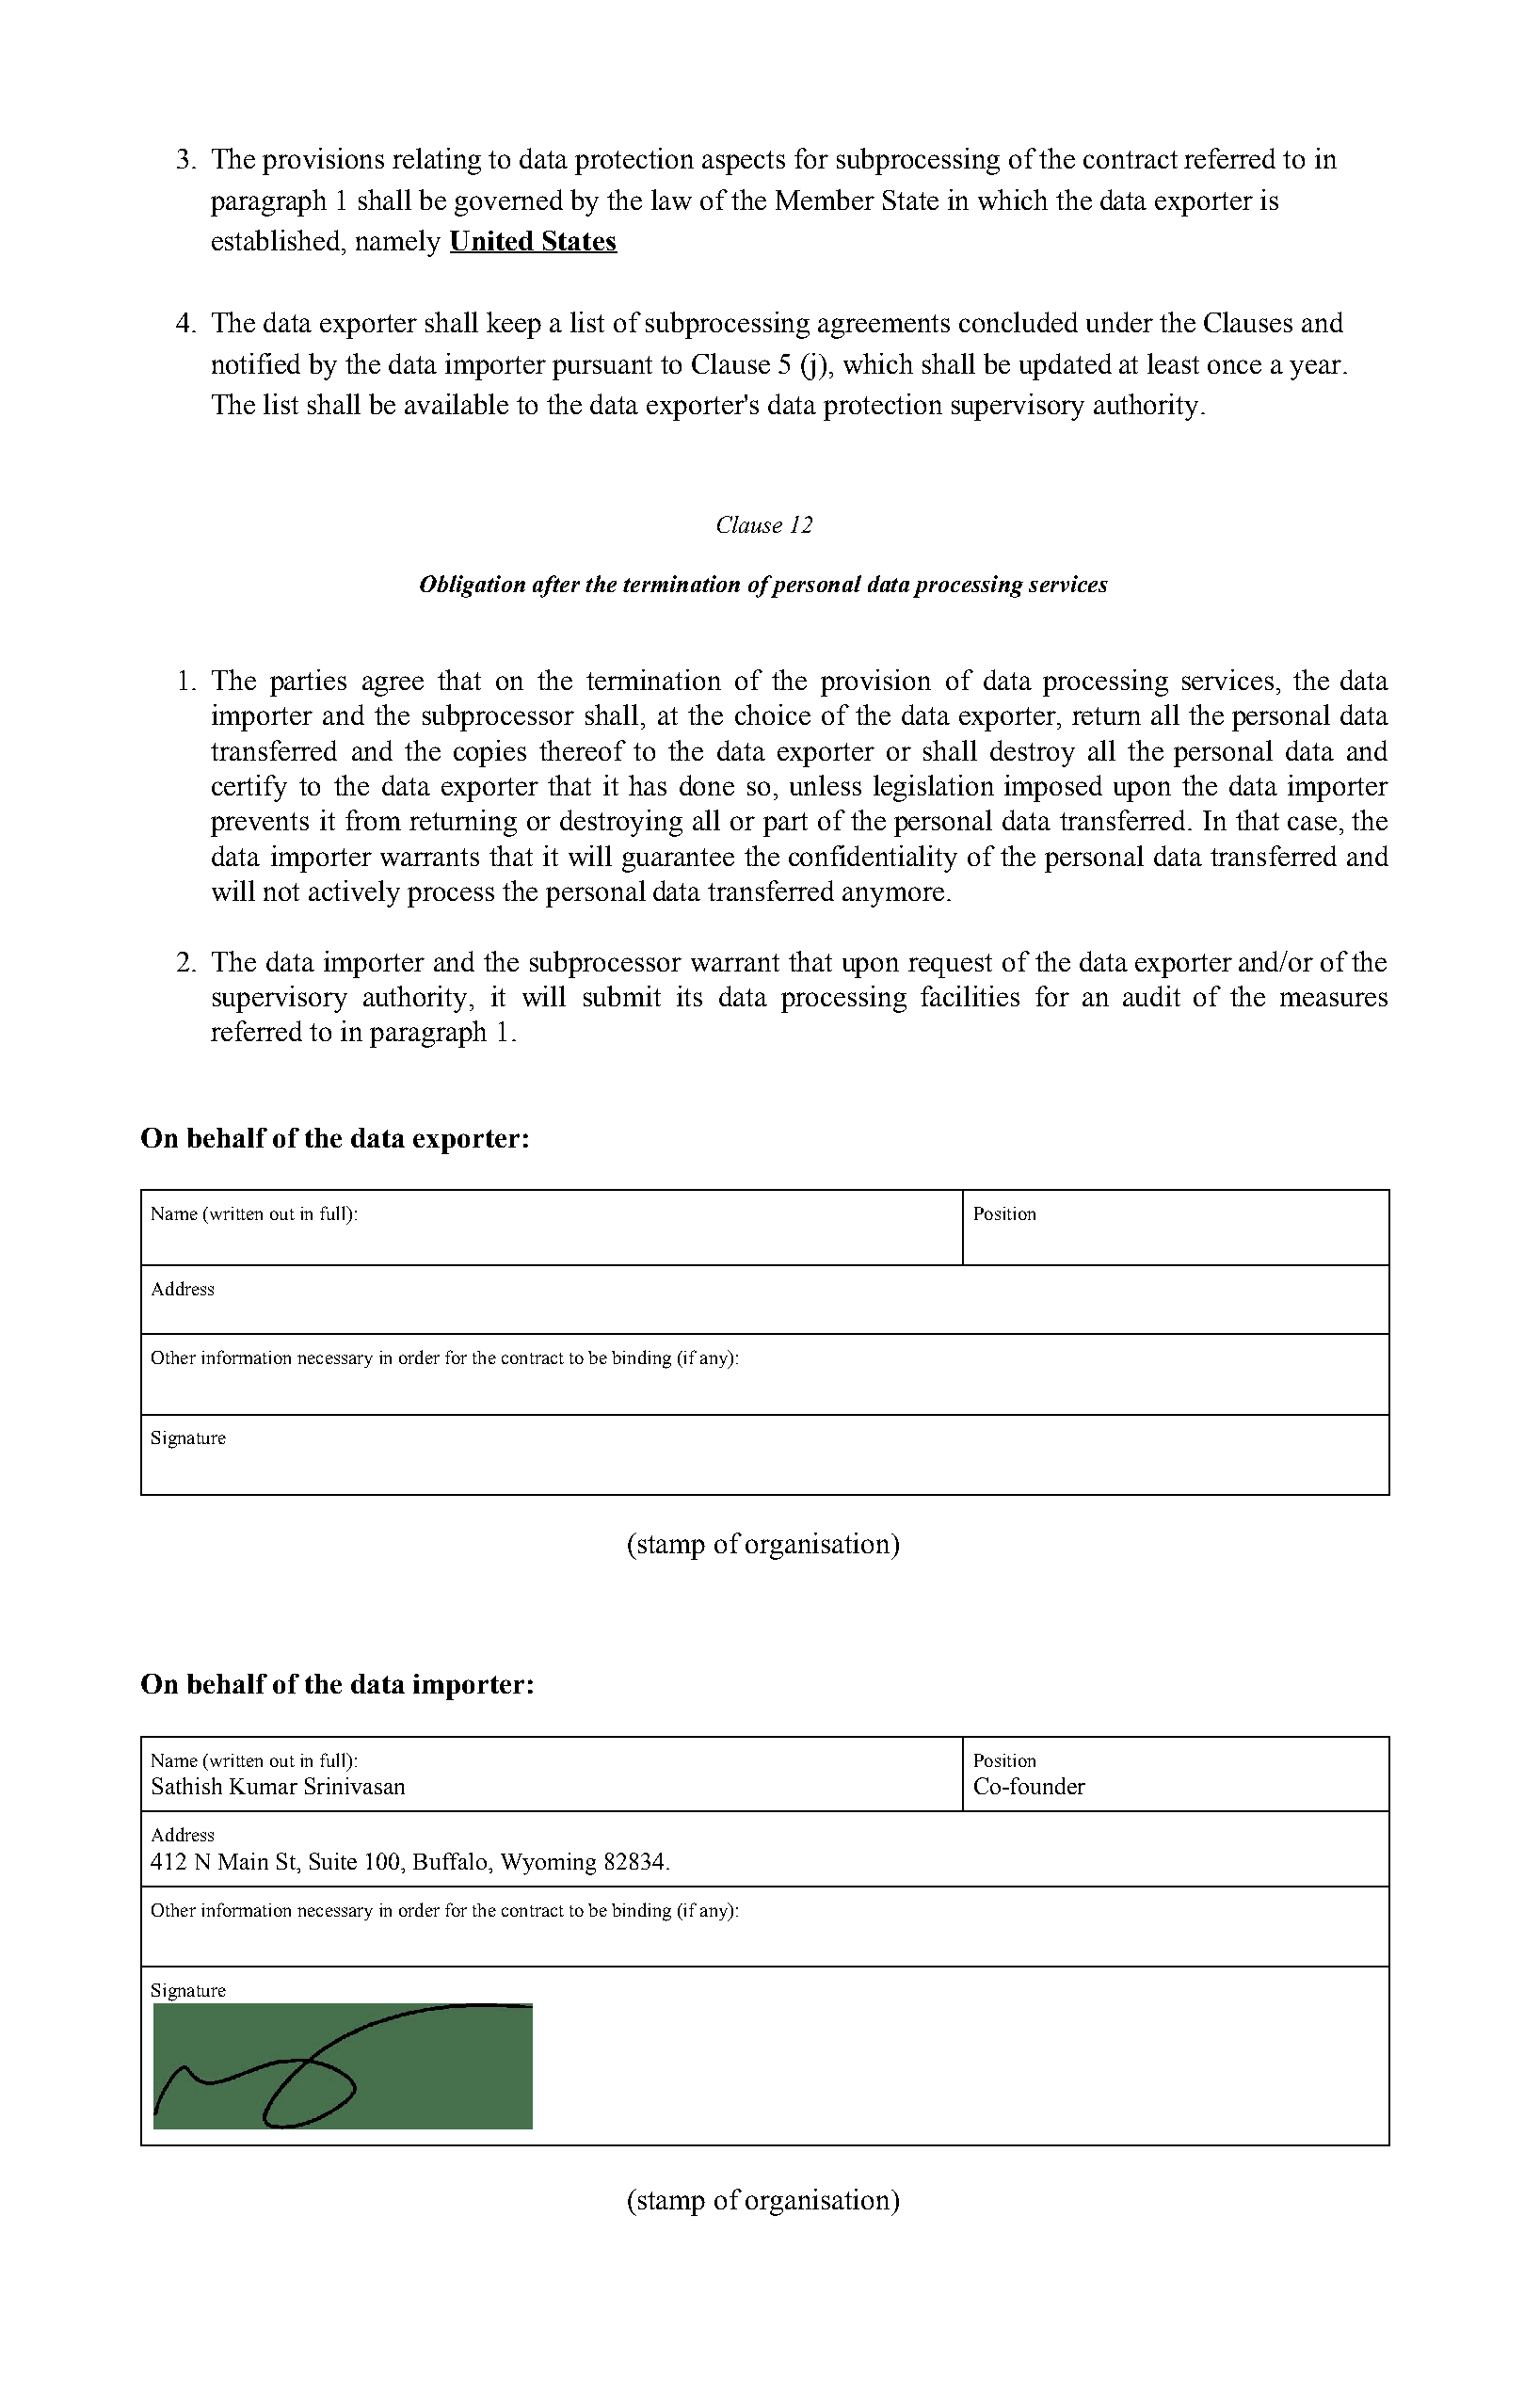
3. The provisions relating to data protection aspects for subprocessing of the contract referred to in
 ​​
 paragraph 1 shall be governed by the law of the Member State in which the data exporter is
 ​​
 established, namely United States
 ​
 4. The data exporter shall keep a list of subprocessing agreements concluded under the Clauses and
 ​​
 notified by the data importer pursuant to Clause 5 (j), which shall be updated at least once a year.
 ​​
 The list shall be available to the data exporter's data protection supervisory authority.
 ​​
 Clause 12
 Obligation after the termination of personal data processing services
 1. The parties agree that on the termination of the provision of data processing services, the data
 ​
 importer and the subprocessor shall, at the choice of the data exporter, return all the personal data
 ​
 transferred and the copies thereof to the data exporter or shall destroy all the personal data and
 ​
 certify to the data exporter that it has done so, unless legislation imposed upon the data importer
 ​
 prevents it from returning or destroying all or part of the personal data transferred. In that case, the
 ​
 data importer warrants that it will guarantee the confidentiality of the personal data transferred and
 ​
 will not actively process the personal data transferred anymore.
 ​​
 2. The data importer and the subprocessor warrant that upon request of the data exporter and/or of the
 ​
 supervisory authority, it will submit its data processing facilities for an audit of the measures
 ​
 referred to in paragraph 1.
 On behalf of the data exporter:
 Name (written out in full):                              Position
 Address
 Other information necessary in order for the contract to be binding (if any):
 Signature
 (stamp of organisation)
 On behalf of the data importer:
 Name (written out in full):                              Position
 Sathish Kumar Srinivasan                                 Co-founder
 Address
 412 N Main St, Suite 100, Buffalo, Wyoming 82834.
 Other information necessary in order for the contract to be binding (if any):
 Signature
 (stamp of organisation)